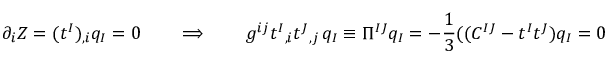
\partial _ { i } Z = ( t ^ { I } ) _ { , i } q _ { I } = 0 \qquad \Longrightarrow \qquad g ^ { i j } t ^ { I } { } _ { , i } t ^ { J } { } _ { , j } \, q _ { I } \equiv \Pi ^ { I J } q _ { I } = - { \frac { 1 } { 3 } } ( ( C ^ { I J } - t ^ { I } t ^ { J } ) q _ { I } = 0